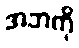
အဘကို